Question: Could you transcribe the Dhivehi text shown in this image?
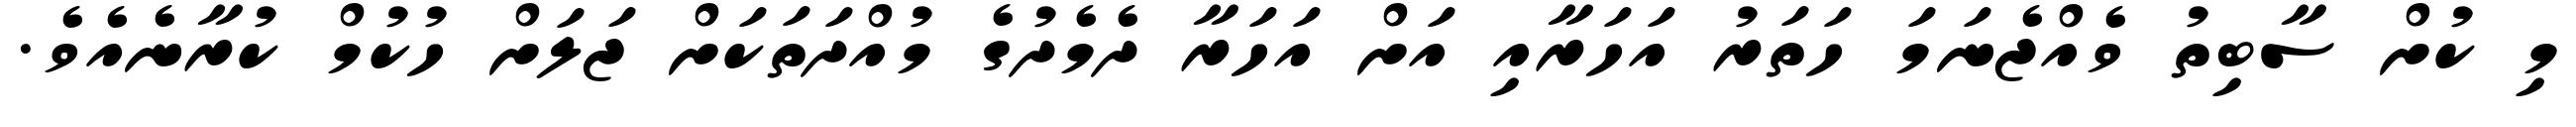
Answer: މި ކުށް ސާބިތު ވެއްޖެނަމަ ހަތަރު އަހަރާއި އަށް އަހަރާ ދެމެދުގެ މުއްދަތަކަށް ޖަލަށް ހުކުމް ކުރާނެއެވެ.